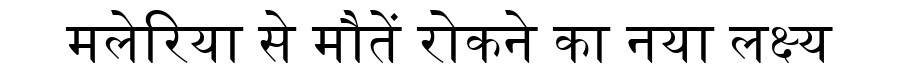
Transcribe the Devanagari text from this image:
मलेरिया से मौतें रोकने का नया लक्ष्य